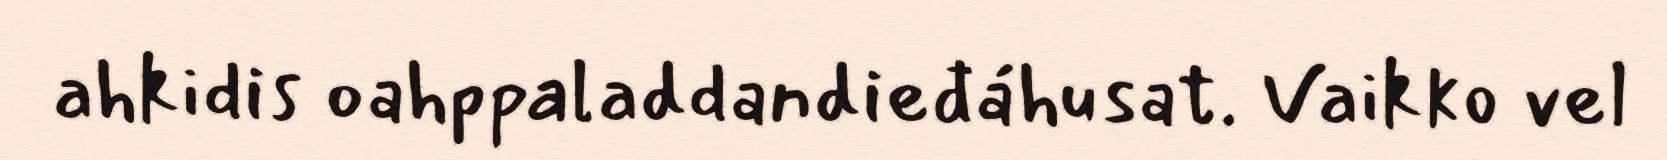
ahkidis oahppaladdandieđáhusat. Vaikko vel